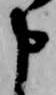
申